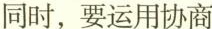
同时，要运用协商